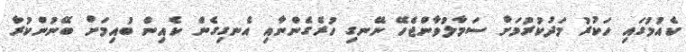
ކެއުމުގައި ހަކުރު މަދުކުރުމަށް ސަމާލުވާންޖެހޭ ނޭނގި ހުރެގެންނާއި އެނގިގެން ކެއިން ބުއިމަށް ބޭނުންކުރާ